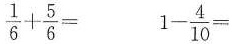
$$\frac{1}{6}+ \frac{5}{6}=$$ $$1- \frac{4}{10}=$$